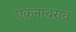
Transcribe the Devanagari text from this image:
एकनाथराव